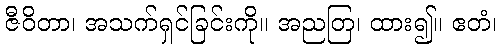
ဇီဝိတာ၊ အသက်ရှင်ခြင်းကို။ အညတြ၊ ထား၍။ ဧတံ၊